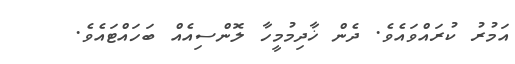
އަމުރު ކުރައްވައެވެ. ދެން ޚާދިމުމީހާ ލޮންސިއެއް ބަހައްޓައެވެ.